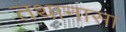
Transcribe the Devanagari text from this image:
तथानासा